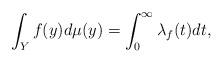
LaTeX: \begin{align*} \int_Y f(y) d\mu(y) = \int_0^\infty \lambda_f(t) dt,\end{align*}